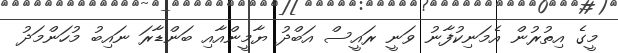
މީގެ އިތުރުން އެމަނިކުފާނު ވަނީ ރައީސް އަބްދު ޔާމީންއާއި ބަންޑާރަ ނައިބު މުހަންމަދު